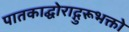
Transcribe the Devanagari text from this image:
पातकाद्घोराद्गुरूभक्तो